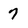
Character: 7